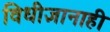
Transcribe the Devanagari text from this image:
विधीज्ञानाही